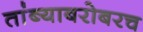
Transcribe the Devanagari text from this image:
तांब्याबरोबरच